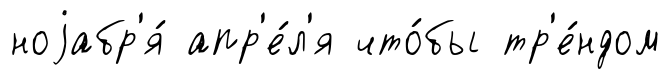
ноjабр'я́ апр'е́л'я что́бы тр'е́ндом